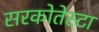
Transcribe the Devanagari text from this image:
सरकोतेस्टा